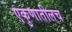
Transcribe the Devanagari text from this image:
एकुणातीलच